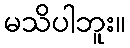
မသိပါဘူး။